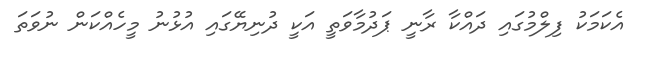
އެކަމަކު ފިލްމުގައި ދައްކާ ރާނީ ޕަދުމާވަތީ އަކީ ދުނިޔޭގައި އުޅުނު މީހެއްކަން ނުވަތަ